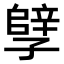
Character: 𫲲